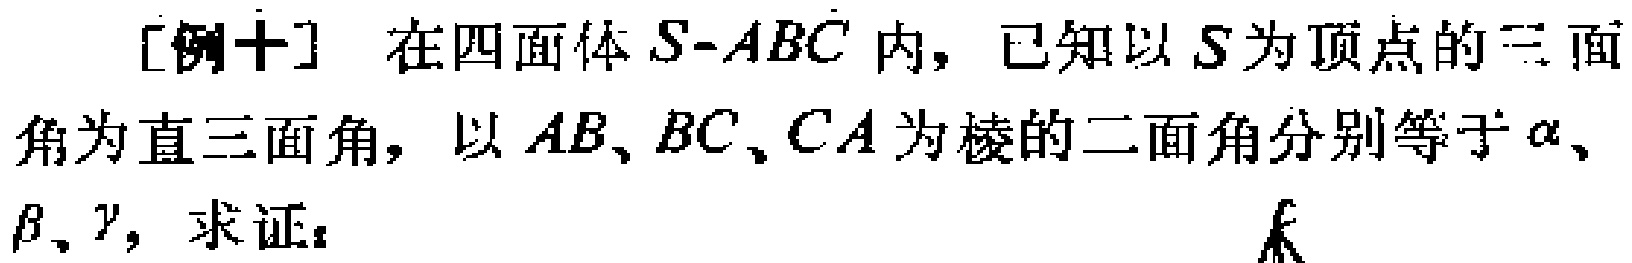
[例十] 在四面体 \(S - ABC\) 内，已知以 \(S\) 为顶点的三面角为直三面角，以 \(AB、BC、CA\) 为棱的二面角分别等于 \(\alpha、\beta、\gamma\)，求证：